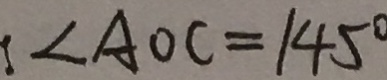
: \angle A O C = 1 4 5 ^ { \circ }